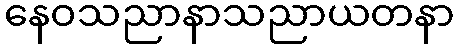
နေဝသညာနာသညာယတနာ